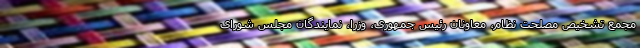
مجمع تشخیص مصلحت نظام، معاونان رئیس جمهوری، وزرا، نمایندگان مجلس شورای